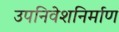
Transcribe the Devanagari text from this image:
उपनिवेशनिर्माण